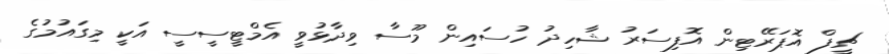
ޗީފް އޮޕަރޭޓިން އޮފިސަރު ޝާހިދު ހުސައިން މޫސާ ވިދާޅުވީ އެމްޓީސީސީ އަކީ މިގައުމުގެ